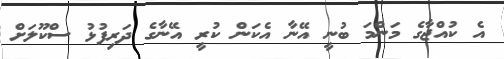
އެ ކުއްޖާގެ މަންމަ ބުނީ އޭނާ އެކަން ކުރީ އޭނާގެ ދަރިފުޅު ސްކޫލަށް